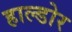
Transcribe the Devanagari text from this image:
हाल्डोर